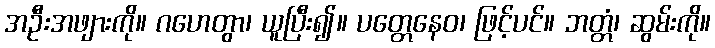
အဦးအဖျားကို။ ဂဟေတွာ၊ ယူပြီး၍။ ပတ္တေနေဝ၊ ဖြင့်ပင်။ ဘတ္တံ၊ ဆွမ်းကို။